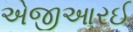
એજીઆરઈ